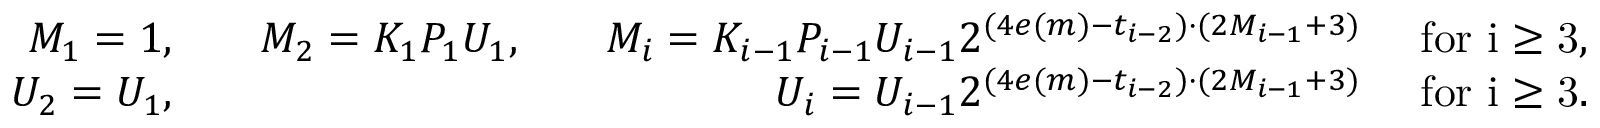
\begin{array} { r l r l r l } { M _ { 1 } = 1 , } & { } & { M _ { 2 } = K _ { 1 } P _ { 1 } U _ { 1 } , } & { } & { M _ { i } = K _ { i - 1 } P _ { i - 1 } U _ { i - 1 } 2 ^ { ( 4 e ( m ) - t _ { i - 2 } ) \cdot ( 2 M _ { i - 1 } + 3 ) } } & { \mathrm { ~ f o r ~ \ensuremath { i \geq 3 } , } } \\ { U _ { 2 } = U _ { 1 } , } & { } & & { } & { U _ { i } = U _ { i - 1 } 2 ^ { ( 4 e ( m ) - t _ { i - 2 } ) \cdot ( 2 M _ { i - 1 } + 3 ) } } & { \mathrm { ~ f o r ~ \ensuremath { i \geq 3 } } . } \end{array}